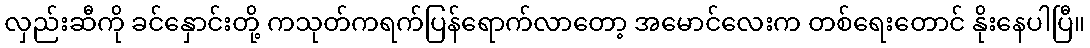
လှည်းဆီကို ခင်နှောင်းတို့ ကသုတ်ကရက်ပြန်ရောက်လာတော့ အမောင်လေးက တစ်ရေးတောင် နိုးနေပါပြီ။